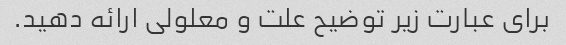
برای عبارت زیر توضیح علت و معلولی ارائه دهید.